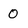
Character: 0